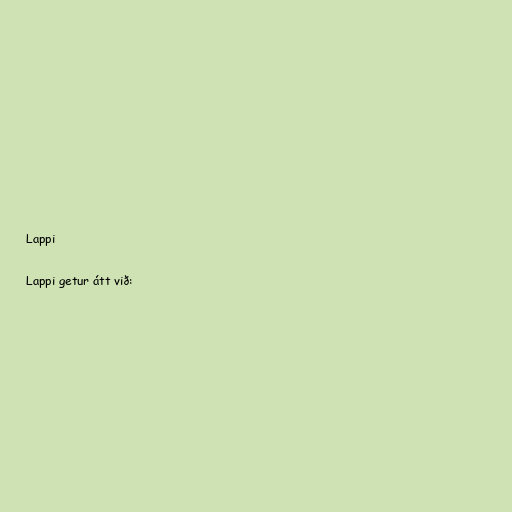
Lappi

Lappi getur átt við: